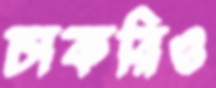
চাকরিও